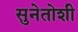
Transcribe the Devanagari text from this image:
सुनेतोशी